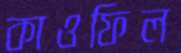
কাওফিল